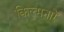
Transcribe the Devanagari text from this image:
किल्मनारे